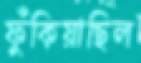
ফুঁকিয়াছিল